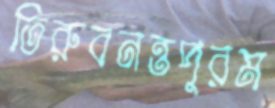
তিরুবনন্তপুরম